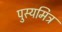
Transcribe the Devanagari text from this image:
पुस्यमित्र